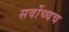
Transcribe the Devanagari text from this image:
सर्वोच्चच